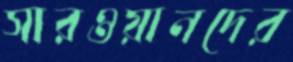
সারওয়ানদের